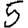
Digit: 5